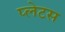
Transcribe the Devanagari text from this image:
प्लेटस